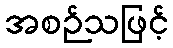
အစဉ်သဖြင့်